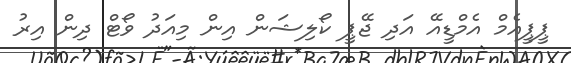
ޕީޕީއެމް އެމްޑީއޭ އަދި ޖޭޕީ ކޯލިޝަން އިން މިއަދު ވޯޓް ދިން އިރު